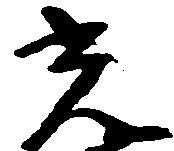
光